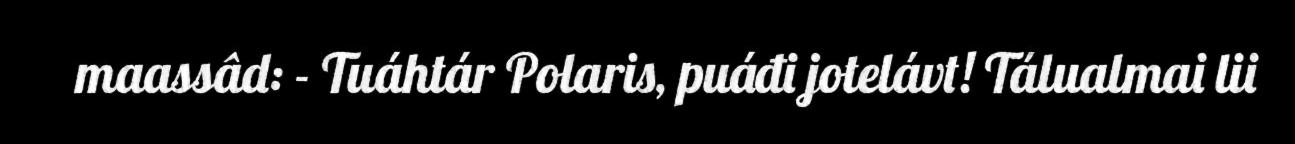
maassâd: - Tuáhtár Polaris, puáđi jotelávt! Tálualmai lii